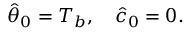
\begin{array} { r } { \hat { \theta } _ { 0 } = T _ { b } , \quad \hat { c } _ { 0 } = 0 . } \end{array}